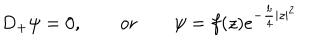
D _ { + } \psi = 0 , \qquad \mathrm { o r } \qquad \psi = f ( z ) e ^ { - \frac { b } { 4 } | z | ^ { 2 } }